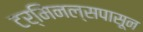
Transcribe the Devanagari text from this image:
टर्मिनल्सपासून